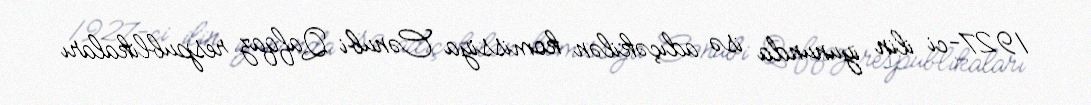
1927-ci ilin iyununda isə adıçəkilən komissiya Cənubi Qafqaz respublikaları